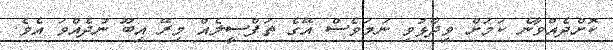
ކޮށްދެއްވާނެ ކަމަށް ވިދާޅުވި ނަމަވެސް އޭގެ ތަފްސީލެއް މިރޭ އިބޫ ނުދެއްވަ އެވެ.